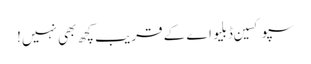
سپوکسین ڈبلیو اے کے قریب کچھ بھی نہیں!